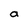
Character: a